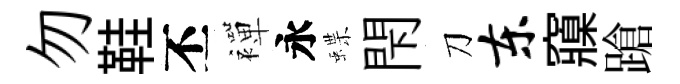
勿鞋丕襌永蝶閇刀东䆿蹌